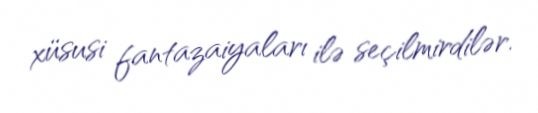
xüsusi fantazaiyaları ilə seçilmirdilər.